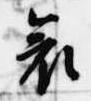
哀